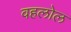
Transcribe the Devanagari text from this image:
वहलोल